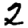
Digit: 2